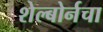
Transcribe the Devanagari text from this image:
शेल्बोर्नचा